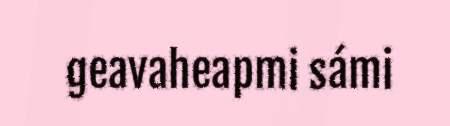
geavaheapmi sámi